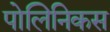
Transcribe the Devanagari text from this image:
पोलिनिकस